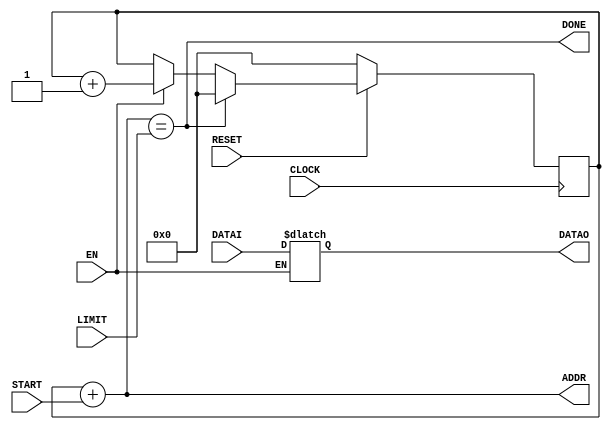

module Streamer #(
    parameter
        DWIDTH = 8
) (
    input  wire                        CLOCK,
    input  wire                        RESET,
    input  wire                        EN,
    input  wire [31:0]                 START, 
    input  wire [31:0]                 LIMIT,
    output reg  [31:0]                 ADDR,
    input  wire [DWIDTH - 1: 0]        DATAI,
    output reg  [DWIDTH - 1: 0]        DATAO,
    output wire                        DONE
);
    
    reg [31: 0] counter = 0;
    wire            pos = ((counter + START) == LIMIT);
    assign DONE = pos;
    always @(posedge CLOCK) begin
        if (~RESET) begin
            counter <= 0;
        end else if (pos) begin
            counter <= 0;
        end else begin
            if (EN) begin
                // ADDR    <= counter + START;
                counter <= counter + 1; 
            end
        end
    end

    always @(*) begin
        if (EN) begin
            DATAO <= DATAI;
        end
        ADDR  <= counter + START;
    end

endmodule